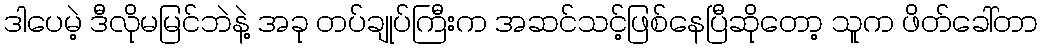
ဒါပေမဲ့ ဒီလိုမမြင်ဘဲနဲ့ အခု တပ်ချုပ်ကြီးက အဆင်သင့်ဖြစ်နေပြီဆိုတော့ သူက ဖိတ်ခေါ်တာ